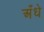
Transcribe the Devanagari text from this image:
अँधे